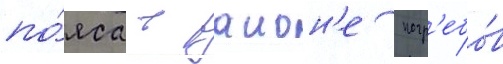
по́яса в раион'е погр'ебо́в